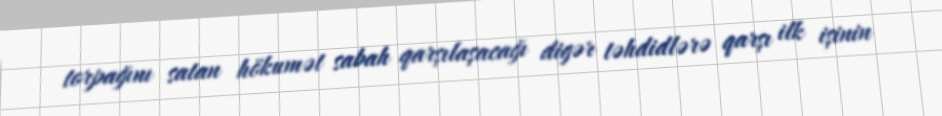
torpağını satan hökumət sabah qarşılaşacağı digər təhdidlərə qarşı ilk işinin